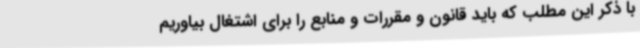
با ذکر این مطلب که باید قانون و مقررات و منابع را برای اشتغال بیاوریم